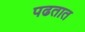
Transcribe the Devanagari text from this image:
पढतात